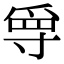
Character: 𡬳